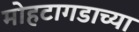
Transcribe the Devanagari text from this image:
मोहटागडाच्या